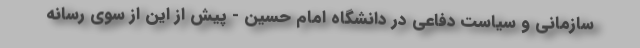
سازمانی و سیاست دفاعی در دانشگاه امام حسین - پیش از این از سوی رسانه